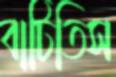
বাটিতিস